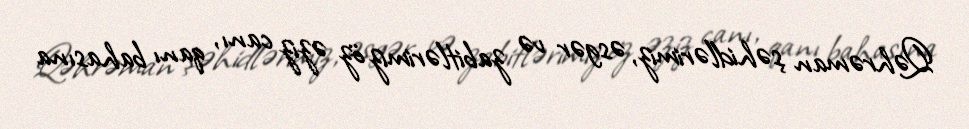
Qəhrəman şəhidlərimiz, əsgər və zabitlərimiz öz əziz canı, qanı bahasına